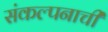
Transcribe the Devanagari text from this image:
संकल्पनाची